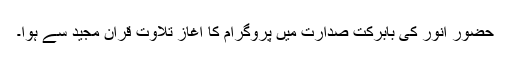
حضور انور کی بابرکت صدارت میں پروگرام کا آغاز تلاوت قرآن مجید سے ہوا۔